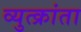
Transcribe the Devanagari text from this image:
व्युत्क्रांता